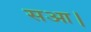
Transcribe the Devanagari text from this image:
सआ।